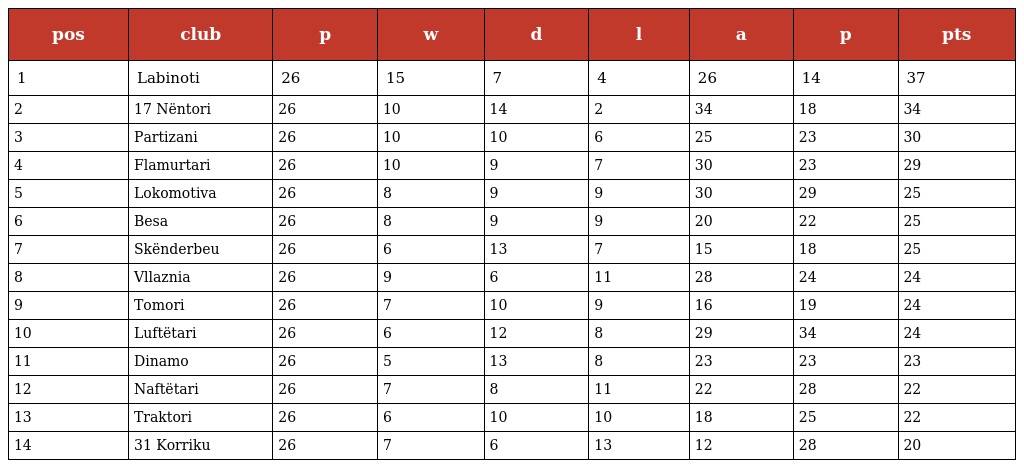
| pos | club | p | w | d | l | a | p | pts |
 | --- | --- | --- | --- | --- | --- | --- | --- | --- |
 | 1 | Labinoti | 26 | 15 | 7 | 4 | 26 | 14 | 37 |
 | 2 | 17 Nëntori | 26 | 10 | 14 | 2 | 34 | 18 | 34 |
 | 3 | Partizani | 26 | 10 | 10 | 6 | 25 | 23 | 30 |
 | 4 | Flamurtari | 26 | 10 | 9 | 7 | 30 | 23 | 29 |
 | 5 | Lokomotiva | 26 | 8 | 9 | 9 | 30 | 29 | 25 |
 | 6 | Besa | 26 | 8 | 9 | 9 | 20 | 22 | 25 |
 | 7 | Skënderbeu | 26 | 6 | 13 | 7 | 15 | 18 | 25 |
 | 8 | Vllaznia | 26 | 9 | 6 | 11 | 28 | 24 | 24 |
 | 9 | Tomori | 26 | 7 | 10 | 9 | 16 | 19 | 24 |
 | 10 | Luftëtari | 26 | 6 | 12 | 8 | 29 | 34 | 24 |
 | 11 | Dinamo | 26 | 5 | 13 | 8 | 23 | 23 | 23 |
 | 12 | Naftëtari | 26 | 7 | 8 | 11 | 22 | 28 | 22 |
 | 13 | Traktori | 26 | 6 | 10 | 10 | 18 | 25 | 22 |
 | 14 | 31 Korriku | 26 | 7 | 6 | 13 | 12 | 28 | 20 |